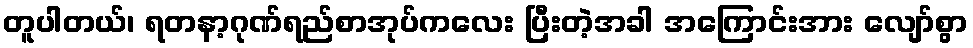
တူပါတယ်၊ ရတနာ့ဂုဏ်ရည်စာအုပ်ကလေး ပြီးတဲ့အခါ အကြောင်းအား လျော်စွာ